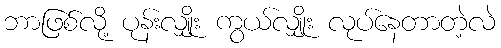
ဘာဖြစ်လို့ ပုန်းလျှိုး ကွယ်လျှိုး လုပ်နေတာတဲ့လဲ